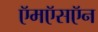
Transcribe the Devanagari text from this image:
ऍमऍसऍन